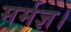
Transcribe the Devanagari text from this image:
मर्मज्ञ।